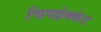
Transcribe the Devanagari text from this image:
चिपव्रेक्केड